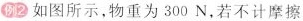
例2 如图所示，物重为300N，若不计摩擦